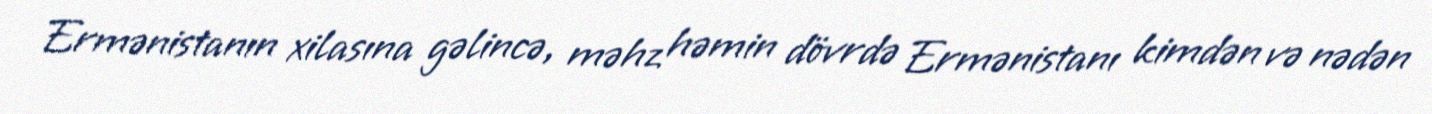
Ermənistanın xilasına gəlincə, məhz həmin dövrdə Ermənistanı kimdən və nədən